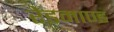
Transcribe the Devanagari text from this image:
रेडमाण्ड